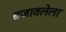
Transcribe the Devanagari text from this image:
बजावलेला